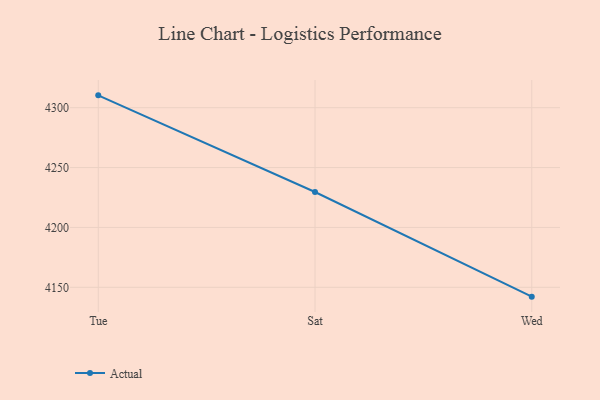
{"axis": {"x": "Day", "y": "Operating Costs (USD K)"}, "legend": ["Actual"], "data": [{"x": "Tue", "y": 4310.3, "type": "Actual"}, {"x": "Sat", "y": 4229.6, "type": "Actual"}, {"x": "Wed", "y": 4142.2, "type": "Actual"}]}